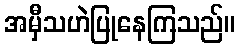
အမှီသဟဲပြုနေကြသည်။